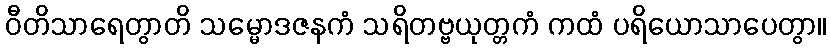
ဝီတိသာရေတွာတိ သမ္မောဒဇနကံ သရိတဗ္ဗယုတ္တကံ ကထံ ပရိယောသာပေတွာ။